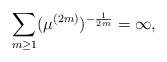
LaTeX: \begin{align*} \sum_{m \geq 1} (\mu^{(2m)})^{-\frac{1}{2m}} = \infty,\end{align*}